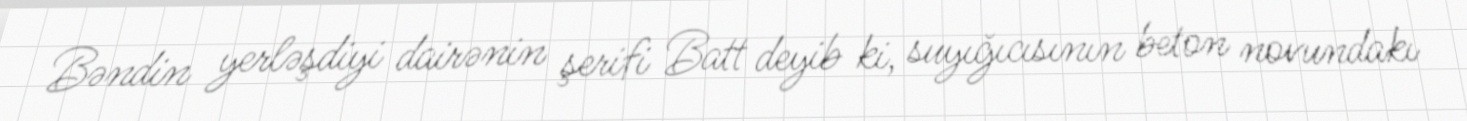
Bəndin yerləşdiyi dairənin şerifi Batt deyib ki, suyığıcısının beton novundakı